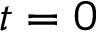
t = 0